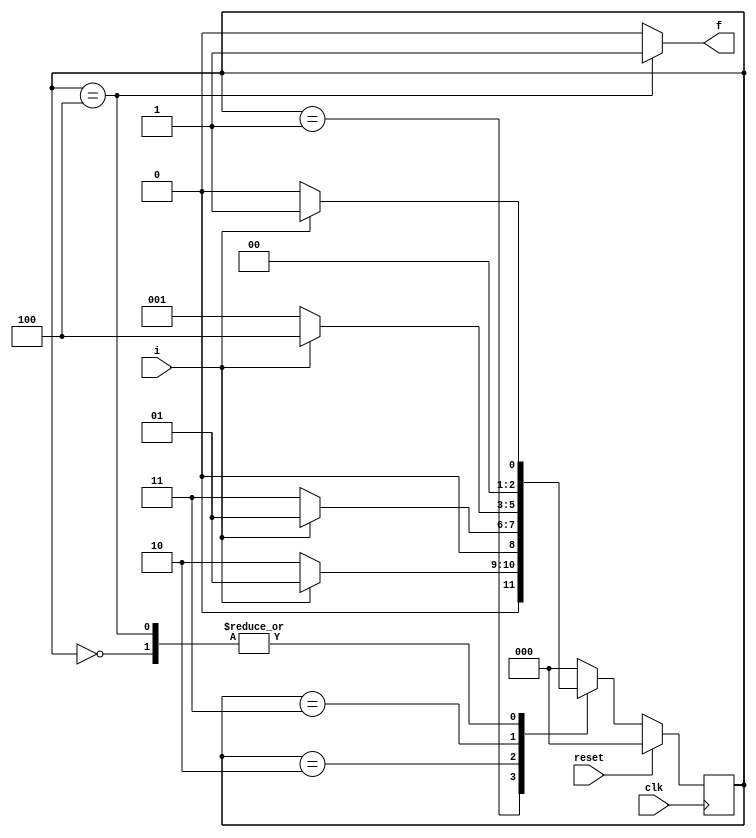
module FSM (i, f, clk, reset);

output reg f;
input i, clk, reset;

parameter S0=3'b000,
	S1=3'b001,
	S2=3'b010,
	S3=3'b011,
	S4=3'b100;

reg [2:0] NS, CS;
	
always @(posedge clk)
begin
	if (reset==1)
		CS <= S0;
	else
		CS <= NS;
end


always @(CS, i)
begin
	case(CS)
		S0:begin
			if (i==1)
				NS=S1;
			else
				NS=S0;
			end
		
		S1:begin
			if (i==1)
				NS=S1;
			else
				NS=S2;
			end
		
		S2:begin
			if (i==1)
				NS=S1;
			else
				NS=S3;
			end
			
		S3:begin
			if (i==1)
				NS=S4;
			else
				NS=S1;
			end
		
		S4:begin
			if (i==1)
				NS=S1;
			else
				NS=S0;
			end
			
		
		default:NS = S0;
	endcase
	
	if (CS==S4)
		f = 1;
	else
		f = 0;
	
	//f = (CS==S4)? 1:0;
end

endmodule